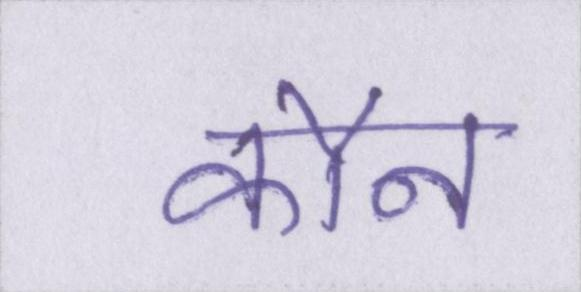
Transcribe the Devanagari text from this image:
कौन